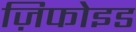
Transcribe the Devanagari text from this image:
ज़िफोइड